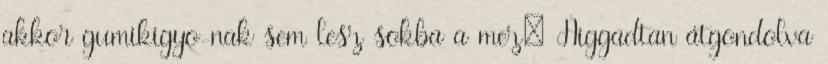
akkor gumikigyo-nak sem lesz sokba a mez: Higgadtan átgondolva